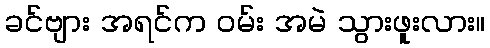
ခင်ဗျား အရင်က ဝမ်း အမဲ သွားဖူးလား။